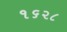
૧૬૨૮